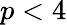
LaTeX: p<4